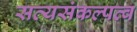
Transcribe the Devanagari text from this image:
सत्यसंकल्पत्व